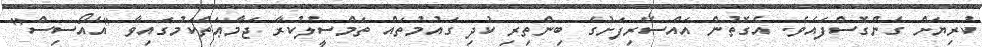
ކުރިޔަށް ގެންގޮސްފައެވެ. އެގޮތުން އައްސޭރިފަށުގެ ބިންތިރި ކުދި ގައުމުތައް ތަމްސީލުކުރާ ޖަމާޢަތްކަމުގައިވާ "އެއޯސިސް"